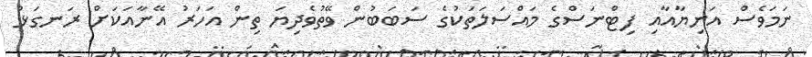
ނަމަވެސް އަނިޔާއާއި ފިޓްނަސްގެ މައްސަލަތަކުގެ ސަބަބުން ވޭތުވެދިޔަ ތިން އަހަރު އޭނާއަކަށް ރަނގަޅު